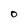
Character: O